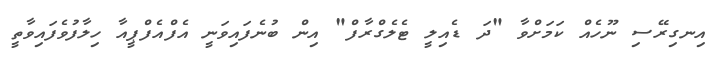
އިނގިރޭސި ނޫހެއް ކަމަށްވާ "ދަ ޑެއިލީ ޓެލެގްރާފް" އިން ބުނެފައިވަނީ އެފްއެފްޕީއާ ހިލާފުވެފައިވާތީ